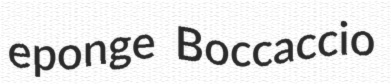
eponge Boccaccio